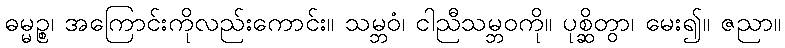
ဓမ္မဉ္စ၊ အကြောင်းကိုလည်းကောင်း။ သမ္ဘဝံ၊ ငါညီသမ္ဘဝကို။ ပုစ္ဆိတွာ၊ မေး၍။ ဇညာ။